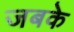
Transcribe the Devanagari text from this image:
जबके